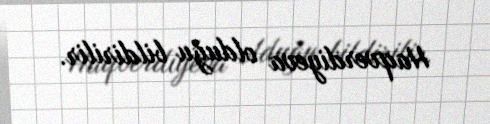
Haqverdiyeva olduğu bildirilir.